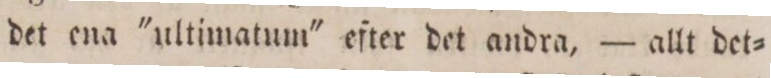
det ena 'ultimatum' efter det andra, — allt det=